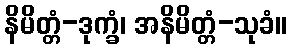
နိမိတ္တံ-ဒုက္ခံ၊ အနိမိတ္တံ-သုခံ။